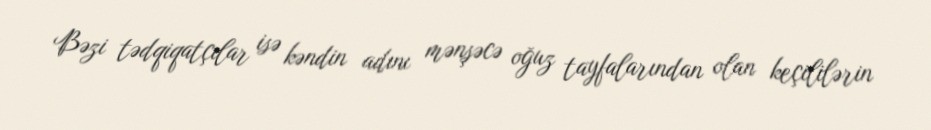
Bəzi tədqiqatçılar isə kəndin adını mənşəcə oğuz tayfalarından olan keçililərin